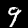
Label: 9